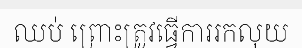
ឈប់ ព្រោះត្រូវធ្វើការរកលុយ